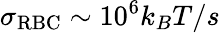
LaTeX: \sigma_{\mathrm{RBC}}\sim 10^{6}k_{B}T/s